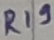
Text: R19